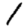
Digit: 1